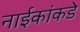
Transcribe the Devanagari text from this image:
नाईकांकडे